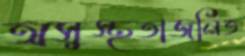
অসুস্থতাজনিত